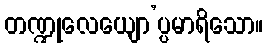
တဏ္ဍုလေယျော’ပ္ပမာရိသော။